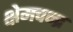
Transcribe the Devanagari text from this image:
क्षेमचन्‍द्र